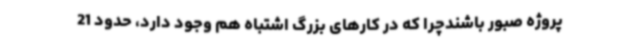
پروژه صبور باشندچرا که در کارهای بزرگ اشتباه هم وجود دارد، حدود 21